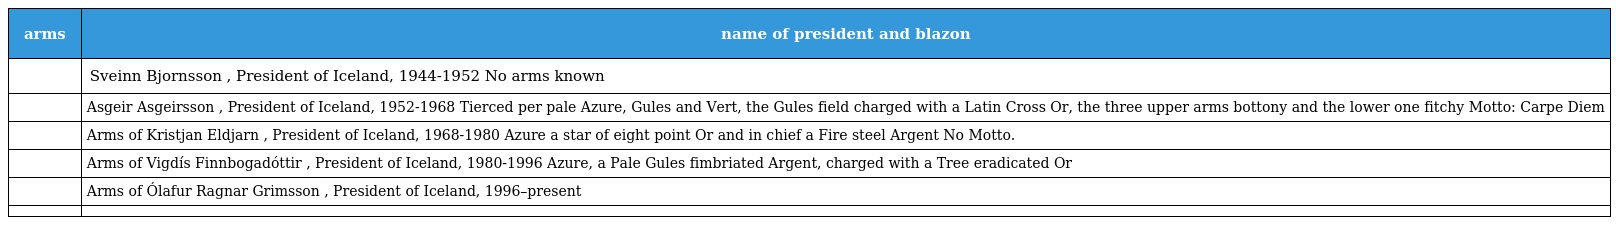
| arms | name of president and blazon |
 | --- | --- |
 |  | Sveinn Bjornsson , President of Iceland, 1944-1952 No arms known |
 |  | Asgeir Asgeirsson , President of Iceland, 1952-1968 Tierced per pale Azure, Gules and Vert, the Gules field charged with a Latin Cross Or, the three upper arms bottony and the lower one fitchy Motto: Carpe Diem |
 |  | Arms of Kristjan Eldjarn , President of Iceland, 1968-1980 Azure a star of eight point Or and in chief a Fire steel Argent No Motto. |
 |  | Arms of Vigdís Finnbogadóttir , President of Iceland, 1980-1996 Azure, a Pale Gules fimbriated Argent, charged with a Tree eradicated Or |
 |  | Arms of Ólafur Ragnar Grimsson , President of Iceland, 1996–present |
 |  |  |